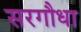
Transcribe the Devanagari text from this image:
सरगौधा